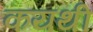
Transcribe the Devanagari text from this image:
कयथी